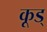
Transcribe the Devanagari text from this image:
कूड्